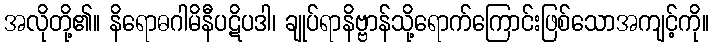
အလိုတို့၏။ နိရောဓဂါမိနီပဋိပဒါ၊ ချုပ်ရာနိဗ္ဗာန်သို့ရောက်ကြောင်းဖြစ်သောအကျင့်ကို။